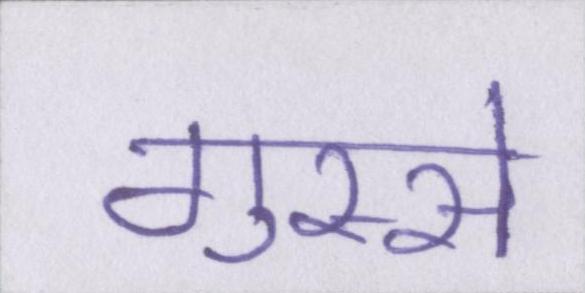
गुस्से